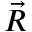
\vec { R }